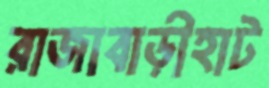
রাজাবাড়ীহাট